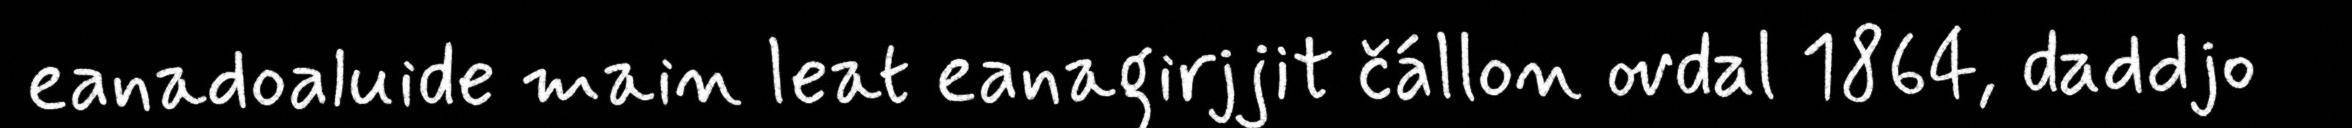
eanadoaluide main leat eanagirjjit čállon ovdal 1864, daddjo